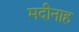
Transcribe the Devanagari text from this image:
मदीनाह